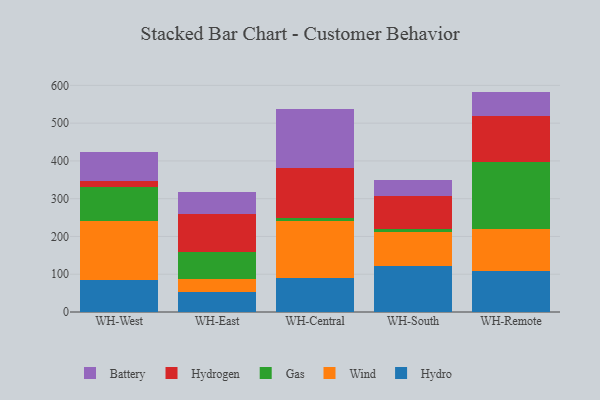
{"axis": {"x": "Warehouse", "y": "Inventory Turnover"}, "legend": ["Battery", "Gas", "Hydro", "Hydrogen", "Wind"], "data": [{"x": "WH-West", "y": 85.2, "type": "Hydro"}, {"x": "WH-West", "y": 155.5, "type": "Wind"}, {"x": "WH-West", "y": 90.9, "type": "Gas"}, {"x": "WH-West", "y": 15.7, "type": "Hydrogen"}, {"x": "WH-West", "y": 76.8, "type": "Battery"}, {"x": "WH-East", "y": 51.9, "type": "Hydro"}, {"x": "WH-East", "y": 35.4, "type": "Wind"}, {"x": "WH-East", "y": 72.5, "type": "Gas"}, {"x": "WH-East", "y": 99.3, "type": "Hydrogen"}, {"x": "WH-East", "y": 59.2, "type": "Battery"}, {"x": "WH-Central", "y": 88.9, "type": "Hydro"}, {"x": "WH-Central", "y": 153.0, "type": "Wind"}, {"x": "WH-Central", "y": 6.3, "type": "Gas"}, {"x": "WH-Central", "y": 131.9, "type": "Hydrogen"}, {"x": "WH-Central", "y": 156.6, "type": "Battery"}, {"x": "WH-South", "y": 122.1, "type": "Hydro"}, {"x": "WH-South", "y": 90.2, "type": "Wind"}, {"x": "WH-South", "y": 6.9, "type": "Gas"}, {"x": "WH-South", "y": 88.0, "type": "Hydrogen"}, {"x": "WH-South", "y": 42.4, "type": "Battery"}, {"x": "WH-Remote", "y": 109.1, "type": "Hydro"}, {"x": "WH-Remote", "y": 110.9, "type": "Wind"}, {"x": "WH-Remote", "y": 178.4, "type": "Gas"}, {"x": "WH-Remote", "y": 119.7, "type": "Hydrogen"}, {"x": "WH-Remote", "y": 65.4, "type": "Battery"}]}